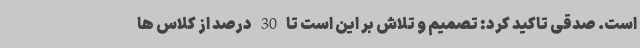
است. صدقی تاکید کرد: تصمیم و تلاش بر این است تا 30 درصد از کلاس ها